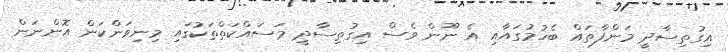
އިގުތިސާދީ މަންފާތައް ބެހުމުގައާއި އެ ނޫން ވެސް އިގުތިސާދީ މަސައްކަތްތަކުގައި މިނިވަންކަން އޮންނަން